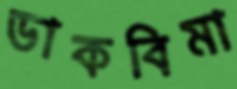
ডাকবিমা